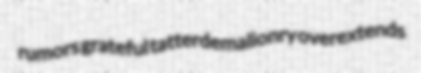
rumors grateful tatterdemalionry overextends